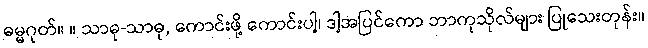
ဓမ္မဂုတ်။ ။ သာဓု-သာဓု, ကောင်းဖို့ ကောင်းပါ့၊ ဒါ့အပြင်ကော ဘာကုသိုလ်များ ပြုသေးတုန်း။